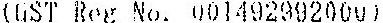
(GST REG NO. 001492992000)